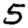
Digit: 5